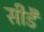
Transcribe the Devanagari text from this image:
सीडै